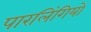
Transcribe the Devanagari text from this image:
पारलिंगियों